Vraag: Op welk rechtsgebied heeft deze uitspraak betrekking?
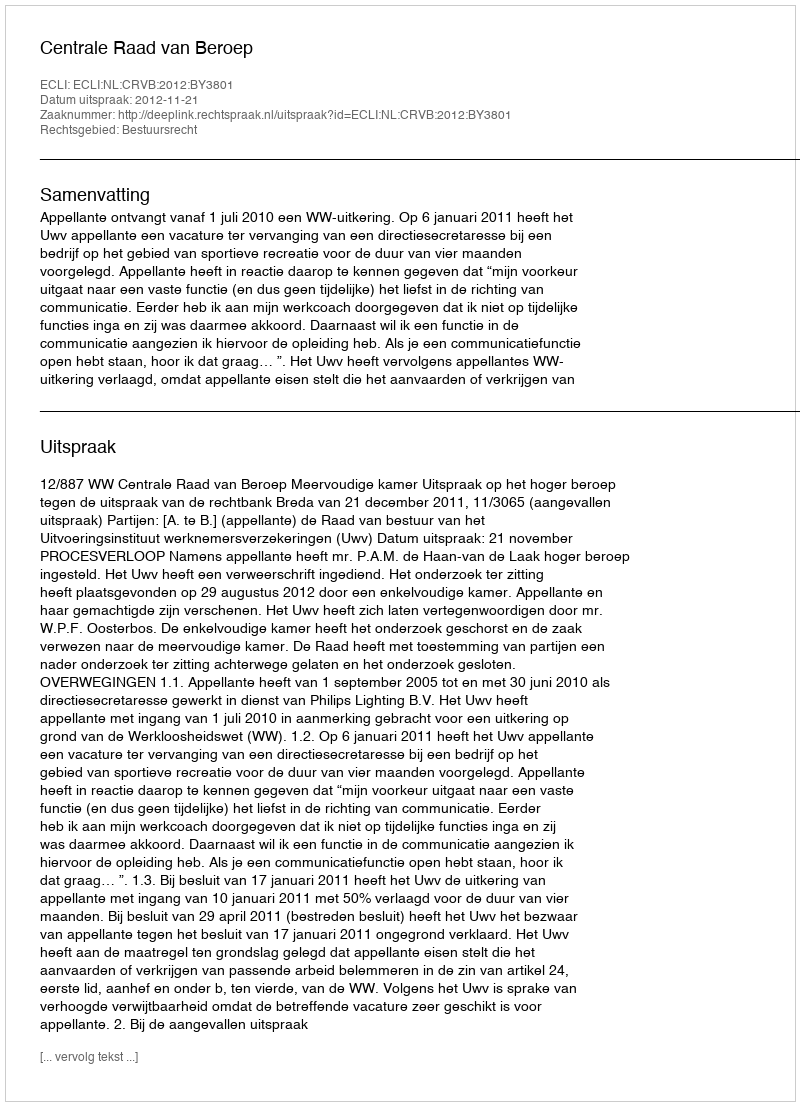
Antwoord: Bestuursrecht